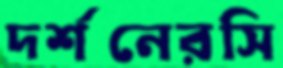
দর্শনেরসি